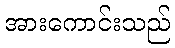
အားကောင်းသည်